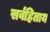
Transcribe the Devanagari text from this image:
सर्वहिताय